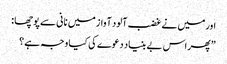
اورمیں نے غضب آلود آواز میں نانی سے پوچھا :
”پھر اس بے بنیاد دعوے کی کیا وجہ ہے ؟